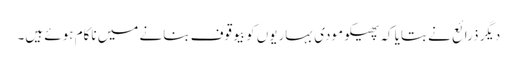
دیگر ذرائع نے بتایا کہ پھیکو مودی بہاریوں کو بیوقوف بنانے میں ناکام ہوئے ہیں۔